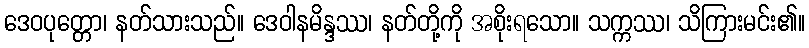
ဒေဝပုတ္တော၊ နတ်သားသည်။ ဒေဝါနမိန္ဒဿ၊ နတ်တို့ကို အစိုးရသော။ သက္ကဿ၊ သိကြားမင်း၏။